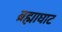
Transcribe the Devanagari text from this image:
ब्रह्माघाट